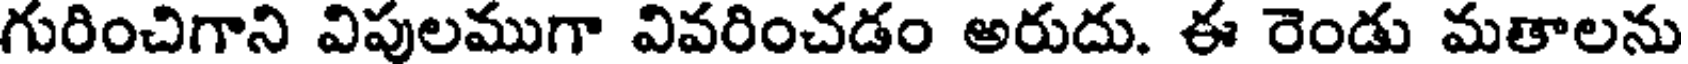
గురించిగాని విపులముగా వివరించడం అరుదు. ఈ రెండు మతాలను